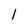
Character: l